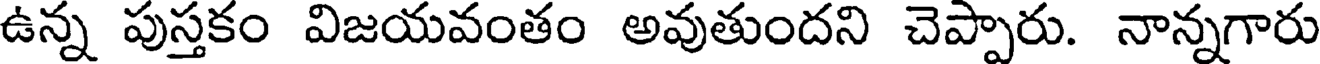
ఉన్న పుస్తకం విజయవంతం అవుతుందని చెప్పారు. నాన్నగారు